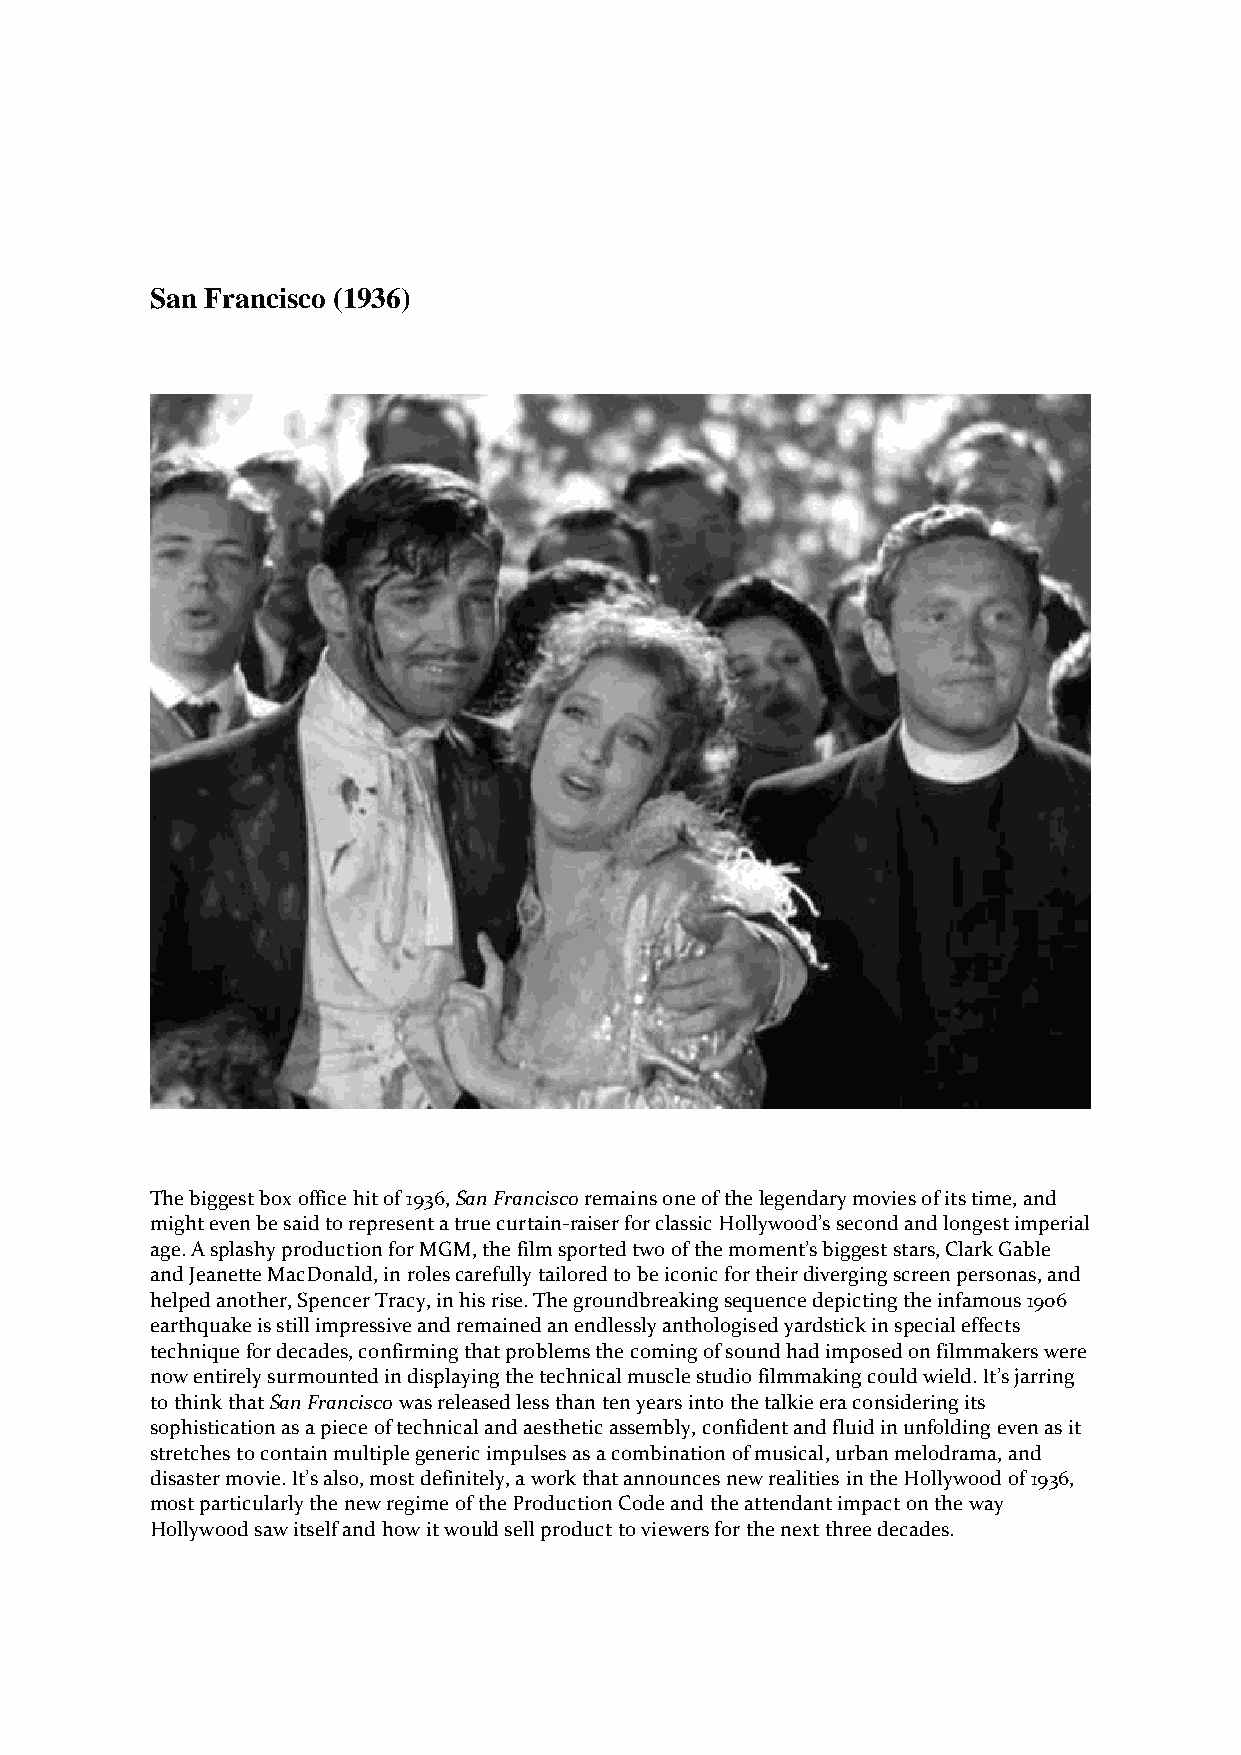
San Francisco (1936)
 The biggest box office hit of 1936, San Francisco remains one of the legendary movies of its time, and
 might even be said to represent a true curtain-raiser for classic Hollywood’s second and longest imperial
 age. A splashy production for MGM, the film sported two of the moment’s biggest stars, Clark Gable
 and Jeanette MacDonald, in roles carefully tailored to be iconic for their diverging screen personas, and
 helped another, Spencer Tracy, in his rise. The groundbreaking sequence depicting the infamous 1906
 earthquake is still impressive and remained an endlessly anthologised yardstick in special effects
 technique for decades, confirming that problems the coming of sound had imposed on filmmakers were
 now entirely surmounted in displaying the technical muscle studio filmmaking could wield. It’s jarring
 to think that San Francisco was released less than ten years into the talkie era considering its
 sophistication as a piece of technical and aesthetic assembly, confident and fluid in unfolding even as it
 stretches to contain multiple generic impulses as a combination of musical, urban melodrama, and
 disaster movie. It’s also, most definitely, a work that announces new realities in the Hollywood of 1936,
 most particularly the new regime of the Production Code and the attendant impact on the way
 Hollywood saw itself and how it would sell product to viewers for the next three decades.